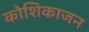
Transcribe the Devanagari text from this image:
कोशिकाजन